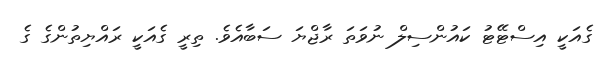
ގެއަކީ އިސްޓޭޓު ކައުންސިލް ނުވަތަ ރާޖްޔަ ސަބާއެވެ. ތިރީ ގެއަކީ ރައްޔިތުންގެ ގެ